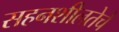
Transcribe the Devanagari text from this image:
सहनशीलतेचे